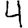
Digit: 4